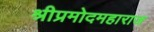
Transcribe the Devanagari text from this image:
श्रीप्रमोदमहाराज